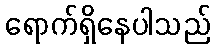
ရောက်ရှိနေပါသည်